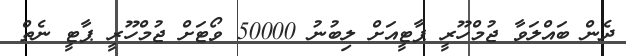
ދެން ބައްލަވާ ޖުމްހޫރީ ޕާޓީއަށް ލިބުނު 50000 ވޯޓަށް ޖުމްހޫރީ ޕާޓީ ނެތް